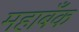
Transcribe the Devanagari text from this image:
महाबँक